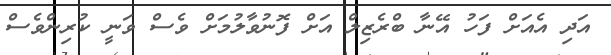
އަދި އެއަށް ފަހު އޭނާ ބްރެޒިލް އަށް ފޮނުވާލުމަށް ވެސް ވަނީ ކުރިންވެސް